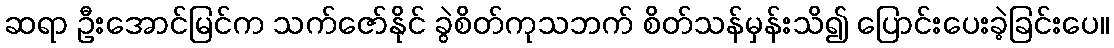
ဆရာ ဦးအောင်မြင်က သက်ဇော်နိုင် ခွဲစိတ်ကုသဘက် စိတ်သန်မှန်းသိ၍ ပြောင်းပေးခဲ့ခြင်းပေ။